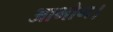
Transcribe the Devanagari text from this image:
आभोग।